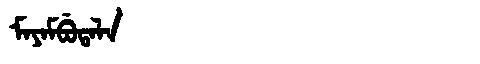
Manchu: ᠮᠠᠶᠠᠮᠪᡠᡨᠠᠯᠠ
Romanization: MAYAMBUTALA